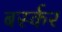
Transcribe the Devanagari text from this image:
बर्स्कर